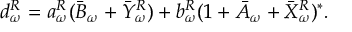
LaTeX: d _ { \omega } ^ { R } = a _ { \omega } ^ { R } ( \bar { B } _ { \omega } + \bar { Y } _ { \omega } ^ { R } ) + b _ { \omega } ^ { R } ( 1 + \bar { A } _ { \omega } + \bar { X } _ { \omega } ^ { R } ) ^ { \ast } .